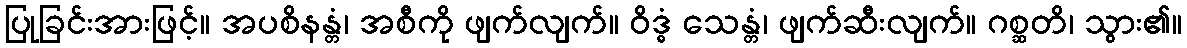
ပြုခြင်းအားဖြင့်။ အပစိနန္တံ၊ အစီကို ဖျက်လျက်။ ဝိဒ္ဓံ သေန္တံ၊ ဖျက်ဆီးလျက်။ ဂစ္ဆတိ၊ သွား၏။